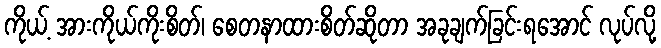
ကိုယ့် အားကိုယ်ကိုးစိတ်၊ စေတနာထားစိတ်ဆိုတာ အခုချက်ခြင်းရအောင် လုပ်လို့